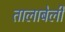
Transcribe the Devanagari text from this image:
तालाबेली